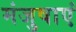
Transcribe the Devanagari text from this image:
मंजुषाएं